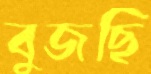
বুজছি